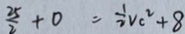
\frac { 2 5 } { 2 } + 0 = \frac { 1 } { 2 } v c ^ { 2 } + 8